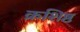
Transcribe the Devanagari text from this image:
क्रशिष्ठ